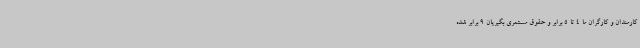
کارمندان و کارگران ما 4 تا 5 برابر و حقوق مستمری بگیریان 9 برابر شده